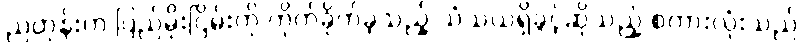
ညတုန်းက ပြည်မိုးငြိမ်းကို တိုက်ခိုက်ခဲ့သည့် သံသယရှိခွင့်ဆိုသည့် စကားလုံးသည်